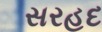
સરહદ